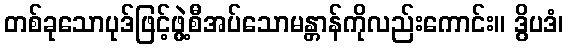
တစ်ခုသောပုဒ်ဖြင့်ဖွဲ့စီအပ်သောမန္တာန်ကိုလည်းကောင်း။ ဒွိပဒံ၊